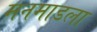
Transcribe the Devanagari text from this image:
मनमाडला